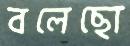
বলেছো